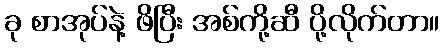
ခု စာအုပ်နဲ့ ဖိပြီး အစ်ကို့ဆီ ပို့လိုက်တာ။